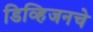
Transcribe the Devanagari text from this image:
डिव्हिजनचे